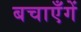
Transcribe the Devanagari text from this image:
बचाएँगें